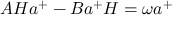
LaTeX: A H a ^ { + } - B a ^ { + } H = \omega a ^ { + }